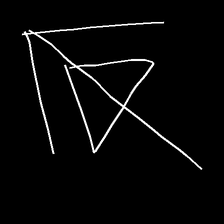
Glyph: pull